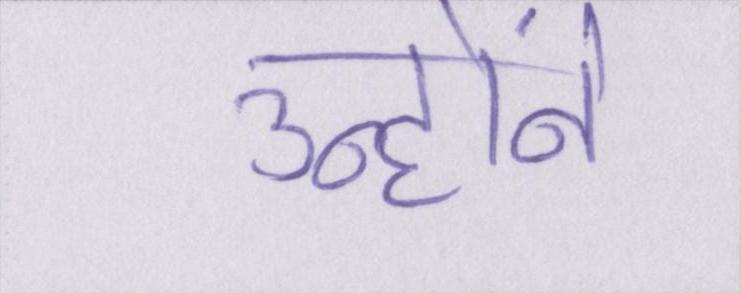
उन्होंने